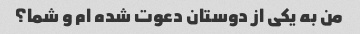
من به یکی از دوستان دعوت شده ام و شما؟